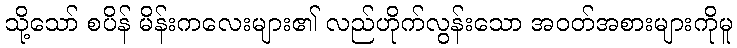
သို့သော် စပိန် မိန်းကလေးများ၏ လည်ဟိုက်လွန်းသော အဝတ်အစားများကိုမူ